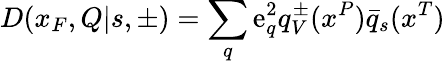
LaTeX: D(x_{F},Q|s,\pm)=\sum_{q}\mathrm{e}_{q}^{2}q_{V}^{\pm}(x^{P})\bar{{q}}_{s}(x^{T})